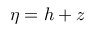
\eta = h + z